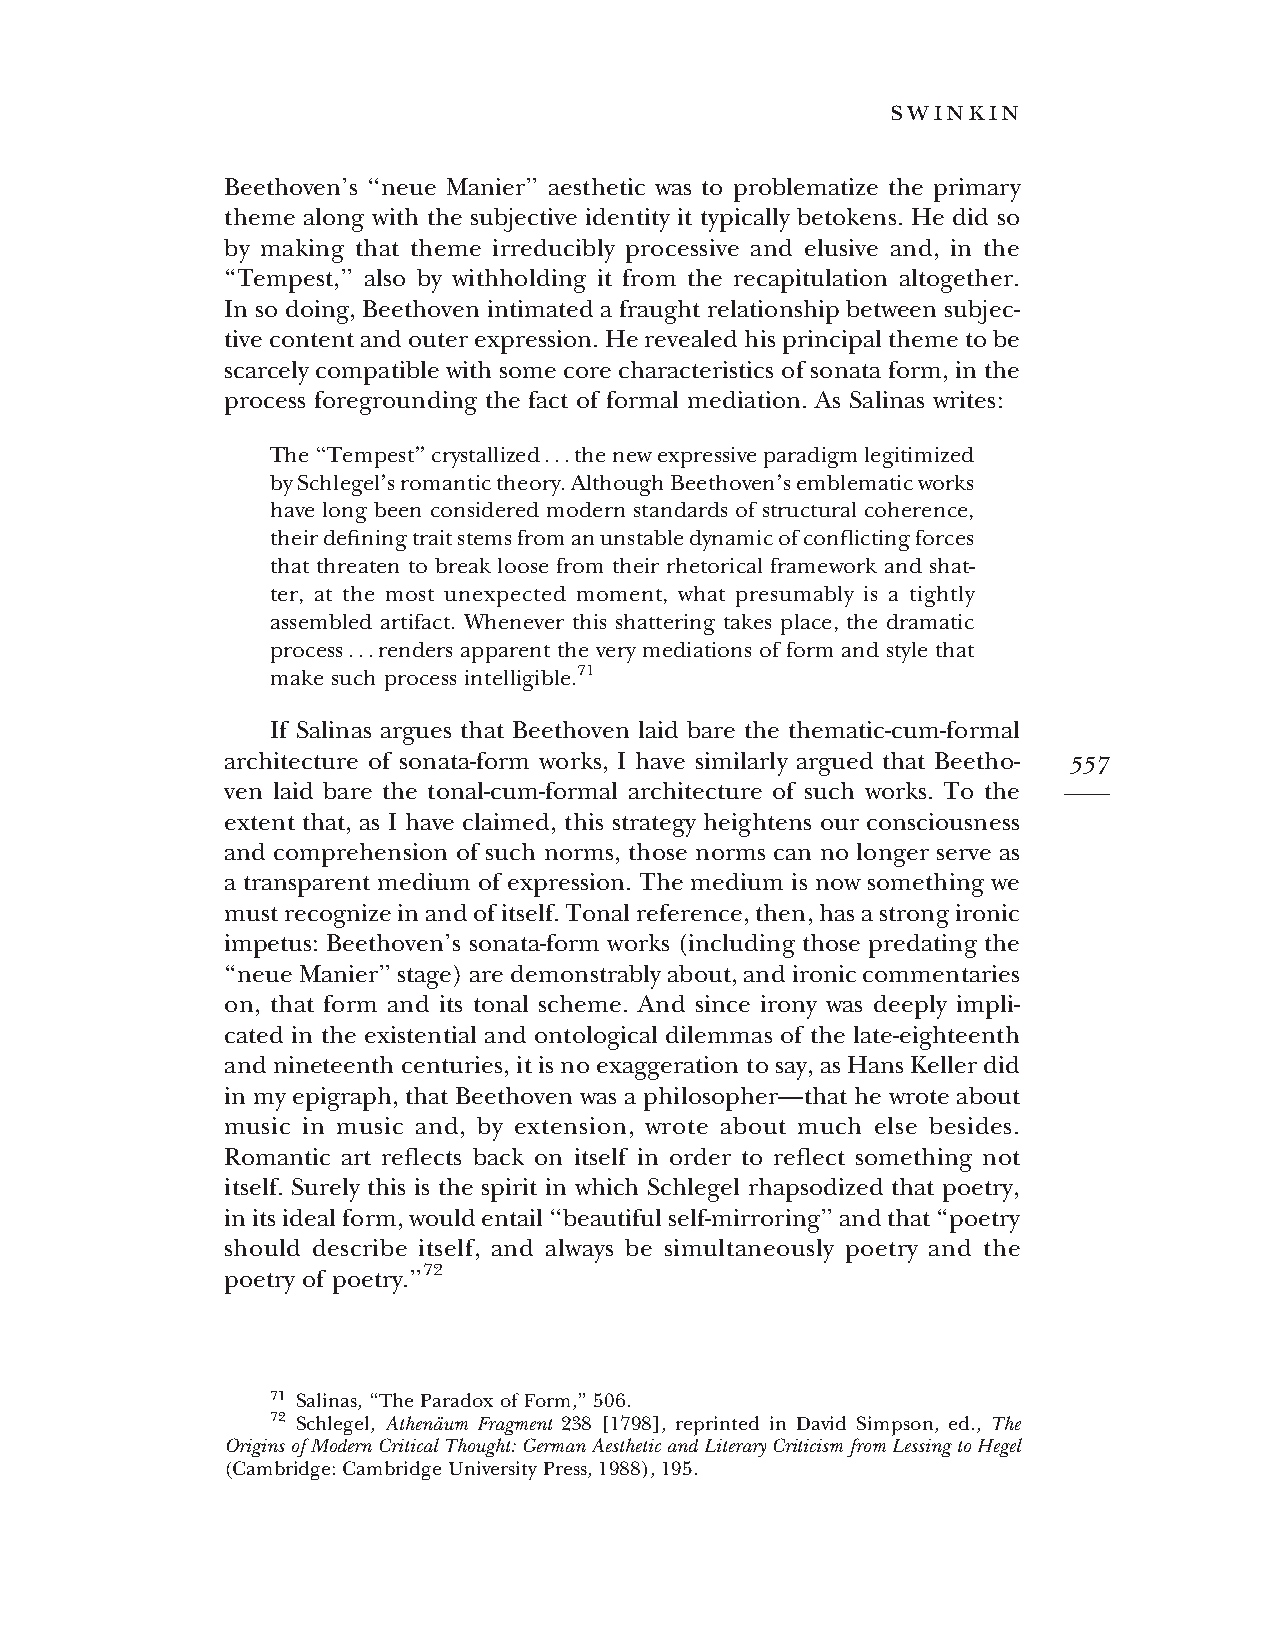
swinkin
 Beethoven’s ‘‘neue Manier’’ aesthetic was to problematize the primary
 theme along with the subjective identity it typically betokens. He did so
 by making that theme irreducibly processive and elusive and, in the
 ‘‘Tempest,’’ also by withholding it from the recapitulation altogether.
 Insodoing, Beethovenintimated afraught relationshipbetween subjec-
 tivecontentandouterexpression.Herevealedhisprincipalthemetobe
 scarcely compatible withsome core characteristics of sonata form, in the
 process foregrounding the fact of formal mediation. As Salinas writes:
 The‘‘Tempest’’crystallized...thenewexpressiveparadigmlegitimized
 bySchlegel’sromantictheory.AlthoughBeethoven’semblematicworks
 have long been considered modern standards of structural coherence,
 theirdefiningtraitstemsfromanunstabledynamicofconflictingforces
 that threaten to break loose from their rhetorical framework and shat-
 ter, at the most unexpected moment, what presumably is a tightly
 assembled artifact. Whenever this shattering takes place, the dramatic
 process...renders apparent the very mediations of form and style that
 make such process intelligible.71
 If Salinas argues that Beethoven laid bare the thematic-cum-formal
 architecture of sonata-form works, I have similarly argued that Beetho- 557
 ven laid bare the tonal-cum-formal architecture of such works. To the
 extent that, as I have claimed, this strategy heightens our consciousness
 and comprehension of such norms, those norms can no longer serve as
 a transparent medium of expression. The medium is now something we
 mustrecognizeinandofitself.Tonalreference,then,hasastrongironic
 impetus: Beethoven’s sonata-form works (including those predating the
 ‘‘neueManier’’stage)aredemonstrablyabout,andironiccommentaries
 on, that form and its tonal scheme. And since irony was deeply impli-
 cated in the existential and ontological dilemmas of the late-eighteenth
 andnineteenthcenturies,itisnoexaggeration tosay,asHansKellerdid
 in my epigraph, that Beethoven was a philosopher—that he wrote about
 music in music and, by extension, wrote about much else besides.
 Romantic art reflects back on itself in order to reflect something not
 itself. Surely this is the spirit in which Schlegel rhapsodized that poetry,
 initsidealform,wouldentail‘‘beautifulself-mirroring’’andthat‘‘poetry
 should describe itself, and always be simultaneously poetry and the
 poetry of poetry.’’72
 71 Salinas,‘‘TheParadoxofForm,’’506.
 72 Schlegel, Athena¨um Fragment 238 [1798], reprinted in David Simpson, ed., The
 OriginsofModernCriticalThought:GermanAestheticandLiteraryCriticismfromLessingtoHegel
 (Cambridge:CambridgeUniversityPress,1988),195.